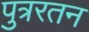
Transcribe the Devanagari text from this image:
पुत्ररतन